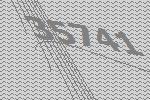
35741